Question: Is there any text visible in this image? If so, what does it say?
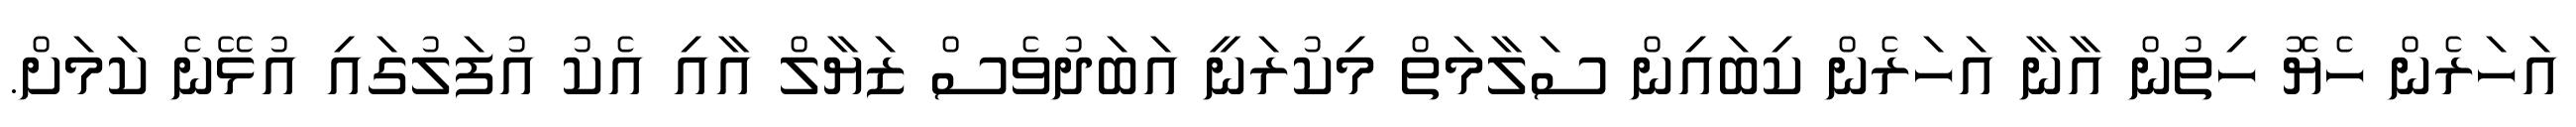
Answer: އަހަރެން ހެޔޮ ހިތުން އާނާ އަހަރެން ކިބައިން ސަލާމަތް މިކުރަނީ އަބަދުވެސް ޒަޔާލް އާއި އެކު އުފަލުގައި އުޅޭނެ ކަމަށް.